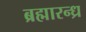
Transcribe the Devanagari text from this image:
ब्रह्मारन्ध्र